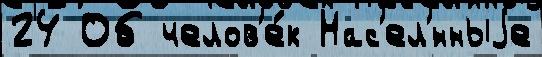
24 Об челов'е́к Нас'ел'́нныjе